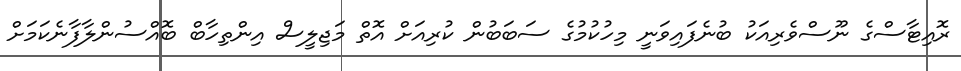
ރޮއިޓާސްގެ ނޫސްވެރިއަކު ބުނެފައިވަނީ މިހުކުމުގެ ސަބަބުން ކުރިއަށް އޮތް މަޖިލީސް އިންތިހާބް ބޮއްސުންލާފާނެކަމަށް